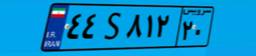
۸۴S۳۳۵۲۰